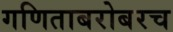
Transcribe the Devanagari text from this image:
गणिताबरोबरच